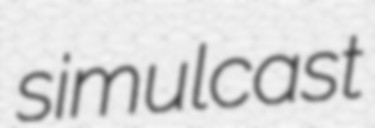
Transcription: simulcast